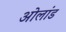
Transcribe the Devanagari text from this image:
ओलांड